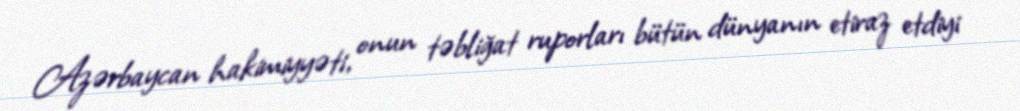
Azərbaycan hakimiyyəti, onun təbliğat ruporları bütün dünyanın etiraz etdiyi